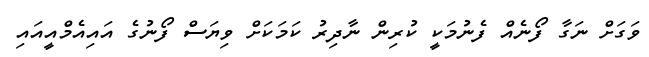
ވަގަށް ނަގާ ފޯނެއް ފެނުމަކީ ކުރިން ނާދިރު ކަމަކަށް ވިޔަސް ފޯނުގެ އައިއެމްއީއައި